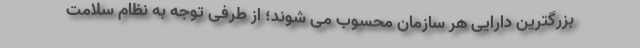
بزرگترین دارایی هر سازمان محسوب می شوند؛ از طرفی توجه به نظام سلامت